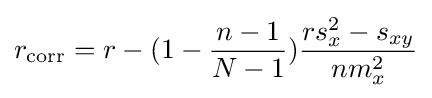
r_{\mathrm {corr} }=r-(1-{\frac {n-1}{N-1}}){\frac {rs_{x}^{2}-s_{xy}}{nm_{x}^{2}}}